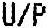
U/P